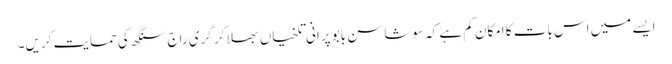
ایسے میں اس بات کا امکان کم ہے کہ سوشاسن بابو پرانی تلخیاں بھلا کر گری راج سنگھ کی حمایت کریں۔